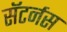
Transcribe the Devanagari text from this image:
सॅटर्नस